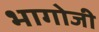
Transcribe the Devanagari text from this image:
भागोजी